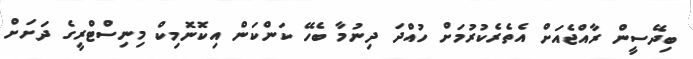
ބިދޭސީން ރާއްޖެއަށް އެތެރެކުރުމަށް ހުއްދަ ދިނުމާ ބެހޭ ކަންކަން އިކޮނޮމިކް މިނިސްޓްރީގެ ދަށަށް